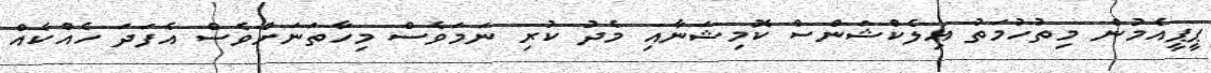
ޕީޕީއެމުން މިތުހުމަތު އިލެކްޝަންސް ކޮމިޝަނާއި މެދު ކުރި ނަމަވެސް މިހާތަނަށްވެސް އެފަދަ ހެއްކެއް